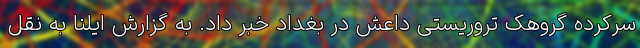
سرکرده گروهک تروریستی داعش در بغداد خبر داد. به گزارش ایلنا به نقل